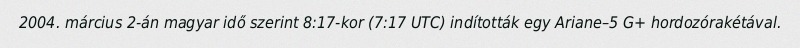
2004. március 2-án magyar idő szerint 8:17-kor (7:17 UTC) indították egy Ariane–5 G+ hordozórakétával.